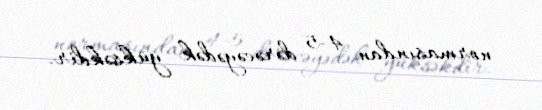
normasından 4-5 dərəcəyədək yüksəkdir.